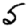
Digit: 5